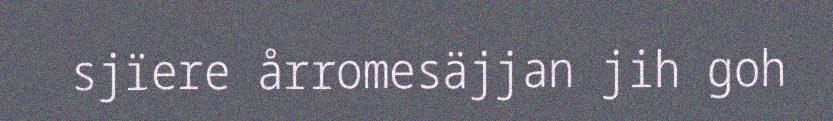
sjïere årromesäjjan jih goh